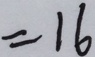
= 1 6